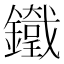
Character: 𨮯